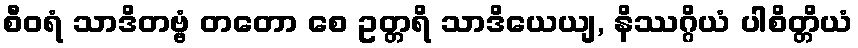
စီဝရံ သာဒိတဗ္ဗံ တတော စေ ဥတ္တရိ သာဒိယေယျ, နိဿဂ္ဂိယံ ပါစိတ္တိယံ